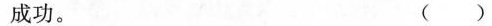
成功。 ()